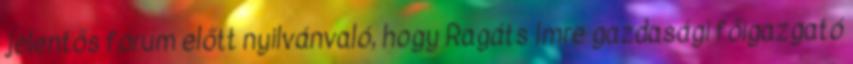
jelentős fórum előtt nyilvánvaló, hogy Ragáts Imre gazda­sági főigazgató